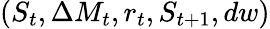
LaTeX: (S_{t},\Delta M_{t},r_{t},S_{t+1},dw)